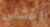
اختفي